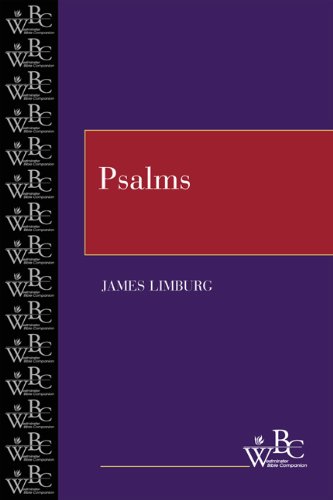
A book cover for Psalms (Westminster Bible Companion); James Limburg; Christian Books & Bibles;